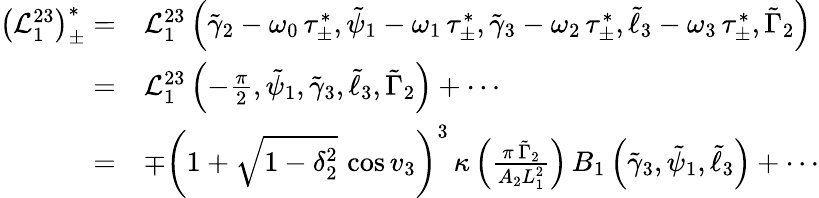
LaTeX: \begin{array}{rl}{\left(\mathcal{L}_{1}^{23}\right)_{\pm}^{*}=}&{\mathcal{L}_{1}^{23}\left(\tilde{\gamma}_{2}-\omega_{0}\, \tau_{\pm}^{*},\tilde{\psi}_{1}-\omega_{1}\, \tau_{\pm}^{*},\tilde{\gamma}_{3}-\omega_{2}\, \tau_{\pm}^{*},\tilde{\ell}_{3}-\omega_{3}\, \tau_{\pm}^{*},\tilde{\Gamma}_{2}\right)}\\ {=}&{\mathcal{L}_{1}^{23}\left(-\frac{\pi}{2},\tilde{\psi}_{1},\tilde{\gamma}_{3},\tilde{\ell}_{3},\tilde{\Gamma}_{2}\right)+\cdots}\\ {=}&{\mp\left(1+\sqrt{1-\delta_{2}^{2}}\, \cos v_{3}\right)^{3}\, \kappa\left(\frac{\pi\, \tilde{\Gamma}_{2}}{A_{2}L_{1}^{2}}\right)\, B_{1}\left(\tilde{\gamma}_{3},\tilde{\psi}_{1},\tilde{\ell}_{3}\right)+\cdots}\end{array}